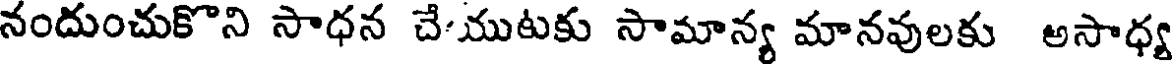
నందుంచుకొని సాధన చే-యుటకు సామాన్య మానవులకు అసాధ్య